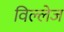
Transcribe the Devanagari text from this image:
विल्लेज